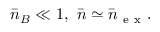
\bar { n } _ { B } \ll 1 , ~ \bar { n } \simeq \bar { n } _ { \mathrm { ~ e ~ x ~ } } .